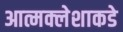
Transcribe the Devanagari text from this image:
आत्मक्लेशाकडे